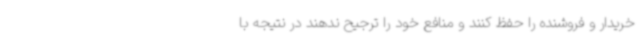
خریدار و فروشنده را حفظ کنند و منافع خود را ترجیح ندهند در نتیجه با